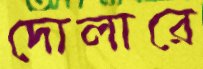
দোলারে